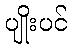
ပျိုးပင်